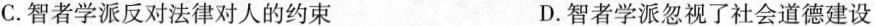
C.智者学派反对法律对人的约束 D.智者学派忽视了社会道德建设